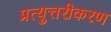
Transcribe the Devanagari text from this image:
प्रत्युत्तरीकरण